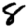
Digit: 8